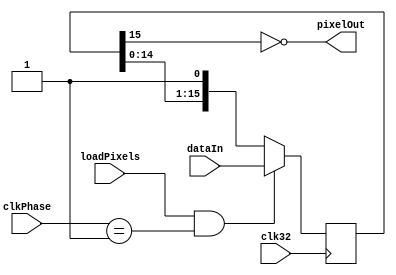
module videoShifter(
    input clk32,
	 input [1:0] clkPhase,
	 input [15:0] dataIn,
	 input loadPixels,
    output pixelOut
    );
	
	reg [15:0] shiftRegister;
	
	// a 0 bit is white, and a 1 bit is black
	// data is shifted out MSB first
	assign pixelOut = ~shiftRegister[15];
	
	always @(posedge clk32) begin
		// loadPixels is generated by a module running on the 8 MHz CPU clock. Therefore this module
		// only honors loadPixels when clkPhase is 1, indicating the last quarter of the 8 MHz clock cycle.
		if (loadPixels && clkPhase == 2'b01) begin
			shiftRegister <= dataIn;
		end
		else begin
			shiftRegister <= { shiftRegister[14:0], 1'b1 };
		end
	end
	
endmodule